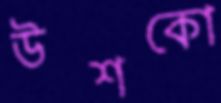
উশকো